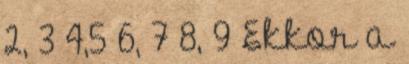
2, 3 4,5 6, 7 8, 9 Ekkor a